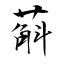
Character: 蔛